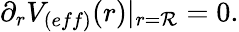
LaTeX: \partial_{r}V_{(eff)}(r)|_{r=\mathcal{R}}=0.